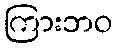
ကြားဘဝ